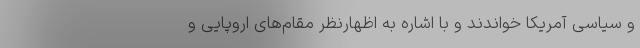
و سیاسی آمریکا خواندند و با اشاره به اظهارنظر مقام‌های اروپایی و